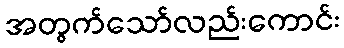
အတွက်သော်လည်းကောင်း